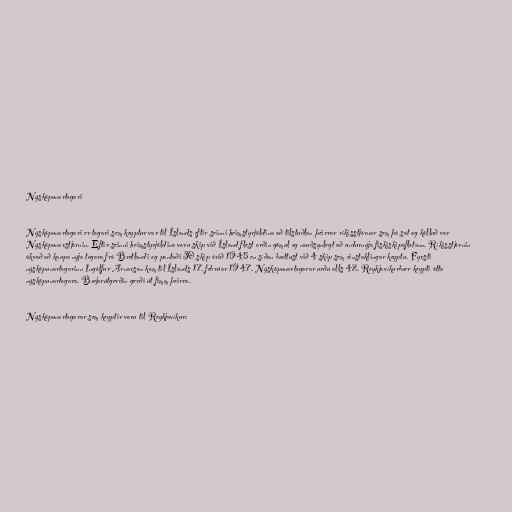
Nýsköpunartogari

Nýsköpunartogari er togari sem keyptur var til Íslands eftir seinni heimstyrjöldina að tilstuðlan þeirrar ríkisstjórnar sem þá sat og kölluð var
Nýsköpunarstjórnin. Eftir seinni heimstyrjöldina voru skip við Ísland flest orðin gömul og nauðsynlegt að endurnýja fiskiskipaflotann. Ríkisstjórnin
ákvað að kaupa nýja togara frá Bretlandi og pantaði 30 skip árið 1945 en síðan bættust við 4 skip sem einstaklingar keyptu. Fyrsti
nýsköpunartogarinn Ingólfur Arnarson kom til Íslands 17. febrúar 1947. Nýsköpunartogarar urðu alls 42. Reykjavíkurbær keypti átta
nýsköpunartogara. Bæjarútgerðin gerði út fimm þeirra.

Nýsköpunartogarar sem keyptir voru til Reykjavíkur: